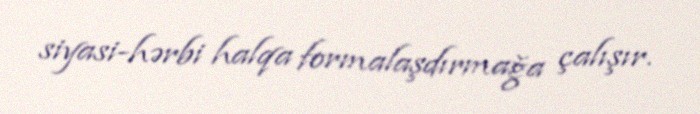
siyasi-hərbi halqa formalaşdırmağa çalışır.